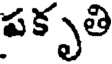
పకృతి